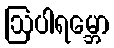
ဩပါရမ္ဘော